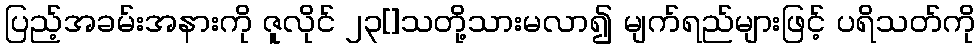
ပြည့်အခမ်းအနားကို ဇူလိုင် ၂၃[]သတို့သားမလာ၍ မျက်ရည်များဖြင့် ပရိသတ်ကို